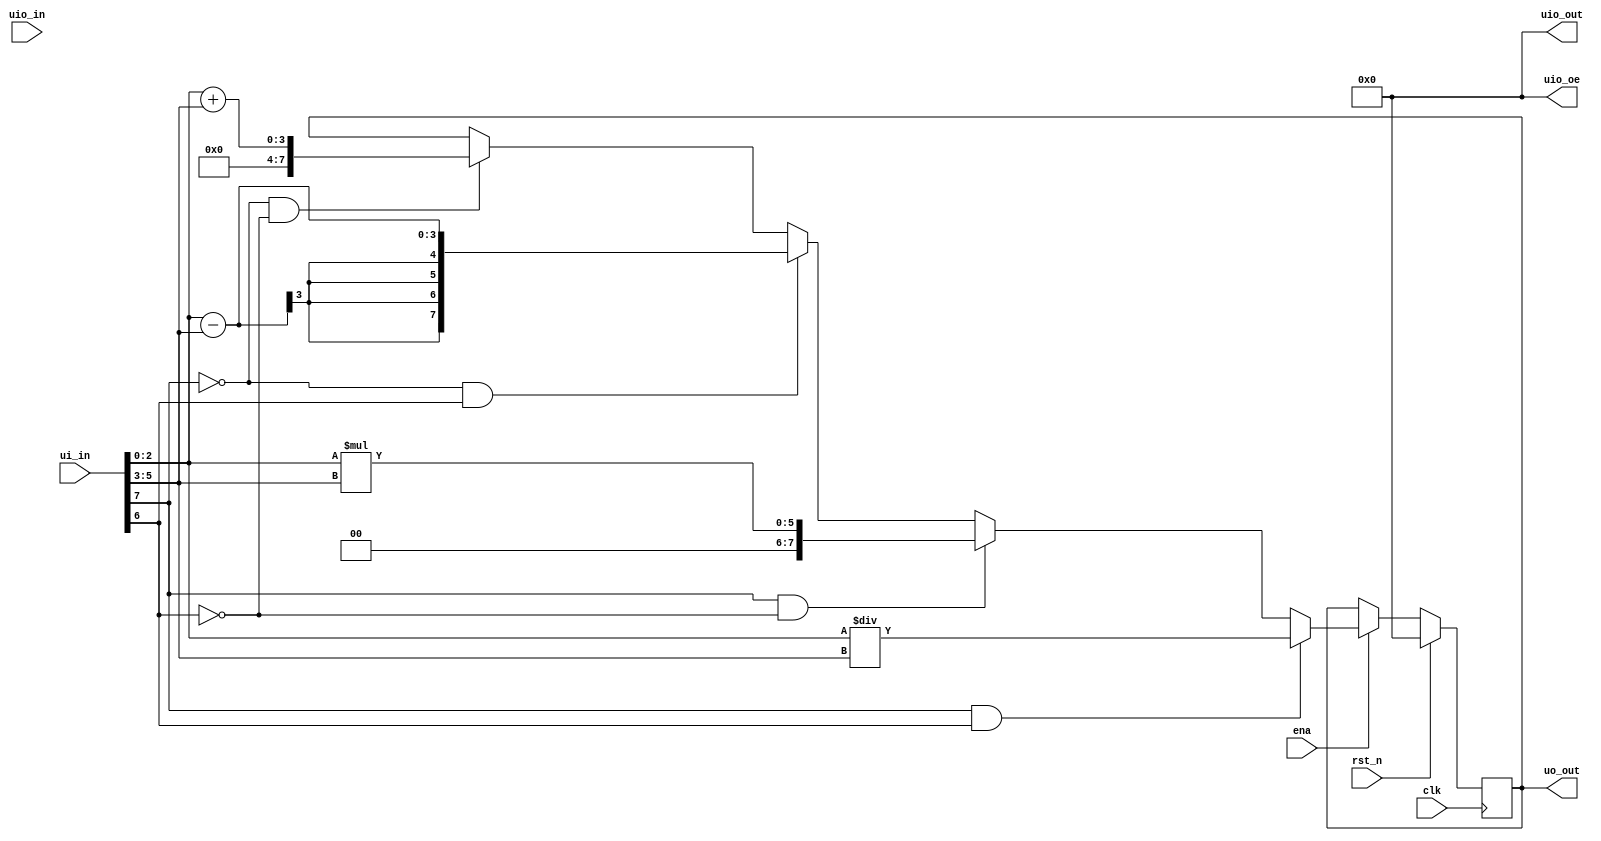
// This program was cloned from: https://github.com/EdricOngKhaiJieh/8bitALU_verilog
// License: Apache License 2.0

module tt_um_8bitALU (
    input  wire [7:0] ui_in,    // Dedicated inputs
    output wire [7:0] uo_out,   // Dedicated outputs
    input  wire [7:0] uio_in,   // IOs: Input path
    output wire [7:0] uio_out,  // IOs: Output path
    output wire [7:0] uio_oe,   // IOs: Enable path (active high: 0=input, 1=output)
    input  wire       ena,      // will go high when the design is enabled
    input  wire       clk,      // clock
    input  wire       rst_n     // reset_n - low to reset
  );
  

reg [7:0] memory3 ; 

  
//  always @(posedge clk) 
//   begin
//     if (rst_n) begin
//     // Reset memory to default values
//     memory3 <= 8'd0;
//   end
//     else if (ena) begin
//     if(ui_in[7] == 0 && ui_in[6] == 0 )
//         begin

//               memory3 <= (ui_in[2:0] + ui_in[5:3]);            
//         end
        
//     if(ui_in[7] == 0 && ui_in[6] == 1)
//         begin

//               memory3 <= (ui_in[2:0] - ui_in[5:3]);  
//         end
        
//     if(ui_in[7] == 1 && ui_in[6] == 0 )
//         begin

//               memory3 <= (ui_in[2:0] * ui_in[5:3]);  
//         end
        
//     if(ui_in[7] == 1 && ui_in[6] == 1)
//         begin

//               memory3 <= (ui_in[2:0] / ui_in[5:3]);  
//         end
        


//     end
// end


//   assign uo_out  = memory3 ; 
//   assign uio_out = 0;
//   assign uio_oe  = 0;
// endmodule 
always @(posedge clk) 
  begin
    if (rst_n) begin
    // Reset memory to default values
    memory3 <= 8'd0;
  end
    else if (ena) begin
    if(ui_in[7] == 0 && ui_in[6] == 0 )
        begin

              memory3 <= ({5'b0,ui_in[2:0]} + {5'b0,ui_in[5:3]});            
        end
        
    if(ui_in[7] == 0 && ui_in[6] == 1)
        begin

              memory3 <= ({5'b0,ui_in[2:0]} - {5'b0,ui_in[5:3]});
        end
    if(ui_in[7] == 1 && ui_in[6] == 0 )
        begin

              memory3 <= ({5'b0,ui_in[2:0]} * {5'b0,ui_in[5:3]}); 
        end
        
    if(ui_in[7] == 1 && ui_in[6] == 1)
        begin

              memory3 <= ({5'b0,ui_in[2:0]} / {5'b0,ui_in[5:3]});
        end
        


    end
end


  assign uo_out  = memory3 ; 
  assign uio_out = 0;
  assign uio_oe  = 0;
endmodule